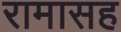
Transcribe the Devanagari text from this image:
रामासह